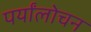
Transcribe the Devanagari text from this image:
पर्यांलोचन